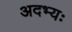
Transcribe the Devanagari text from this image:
अदभ्यः